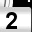
Digit: 2